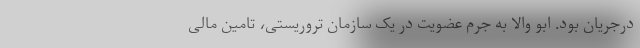
درجریان بود. ابو والا به جرم عضویت در یک سازمان تروریستی، تامین مالی